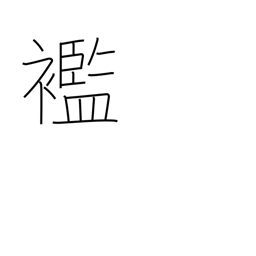
Meaning: rags